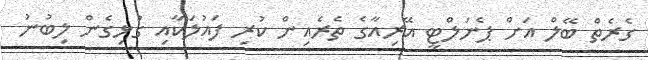
ގެރެތް ބޭލް އަށް ޕެނަލްޓީ އޭރިއާގެ ތެރެއިން ކުރި ފައުލަކާއި ގުޅިގެން ލިބުނު